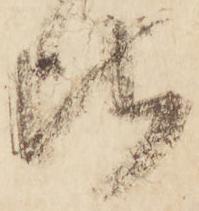
比